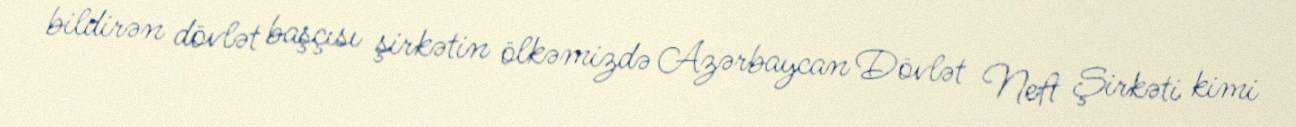
bildirən dövlət başçısı şirkətin ölkəmizdə Azərbaycan Dövlət Neft Şirkəti kimi